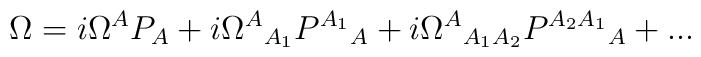
\Omega=i\Omega^AP_A+i{\Omega^A}_{A_1}{P^{A_1}}_A+i{\Omega^A}_{A_1A_2}{P^{A_2A_1}}_A+...